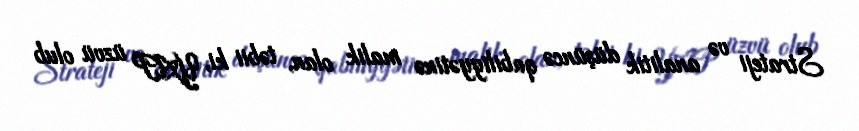
Strateji və analitik düşüncə qabiliyyətinə malik olan, təbii ki, YAP üzvü olub